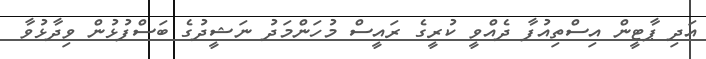
އަދި ޕާޓީން އިސްތިއުފާ ދެއްވީ ކުރީގެ ރައީސް މުހަންމަދު ނަޝީދުގެ ބަސްފުޅުން ވިދާޅުވާ